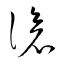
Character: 滄